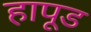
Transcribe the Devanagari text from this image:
हापूड